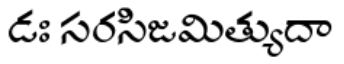
డః సరసిజమిత్యుదా